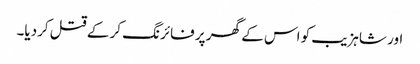
اور شاہزیب کو اس کے گھر پر فائرنگ کر کے قتل کردیا۔